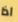
اذا